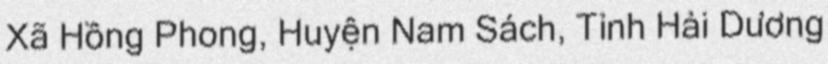
Xã Hồng Phong, Huyện Nam Sách, Tỉnh Hải Dương